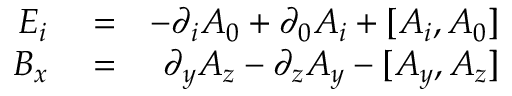
\begin{array} { r l r } { E _ { i } } & { { } = } & { - \partial _ { i } A _ { 0 } + \partial _ { 0 } A _ { i } + [ A _ { i } , A _ { 0 } ] } \\ { B _ { x } } & { { } = } & { \partial _ { y } A _ { z } - \partial _ { z } A _ { y } - [ A _ { y } , A _ { z } ] } \end{array}